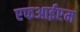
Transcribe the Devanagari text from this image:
एफआईएम